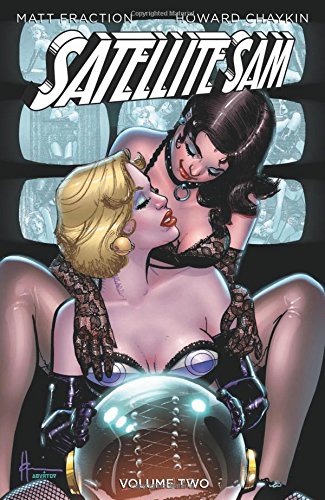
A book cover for Satellite Sam Volume 2 TP (Satellite Sam Tp); Matt Fraction; Comics & Graphic Novels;